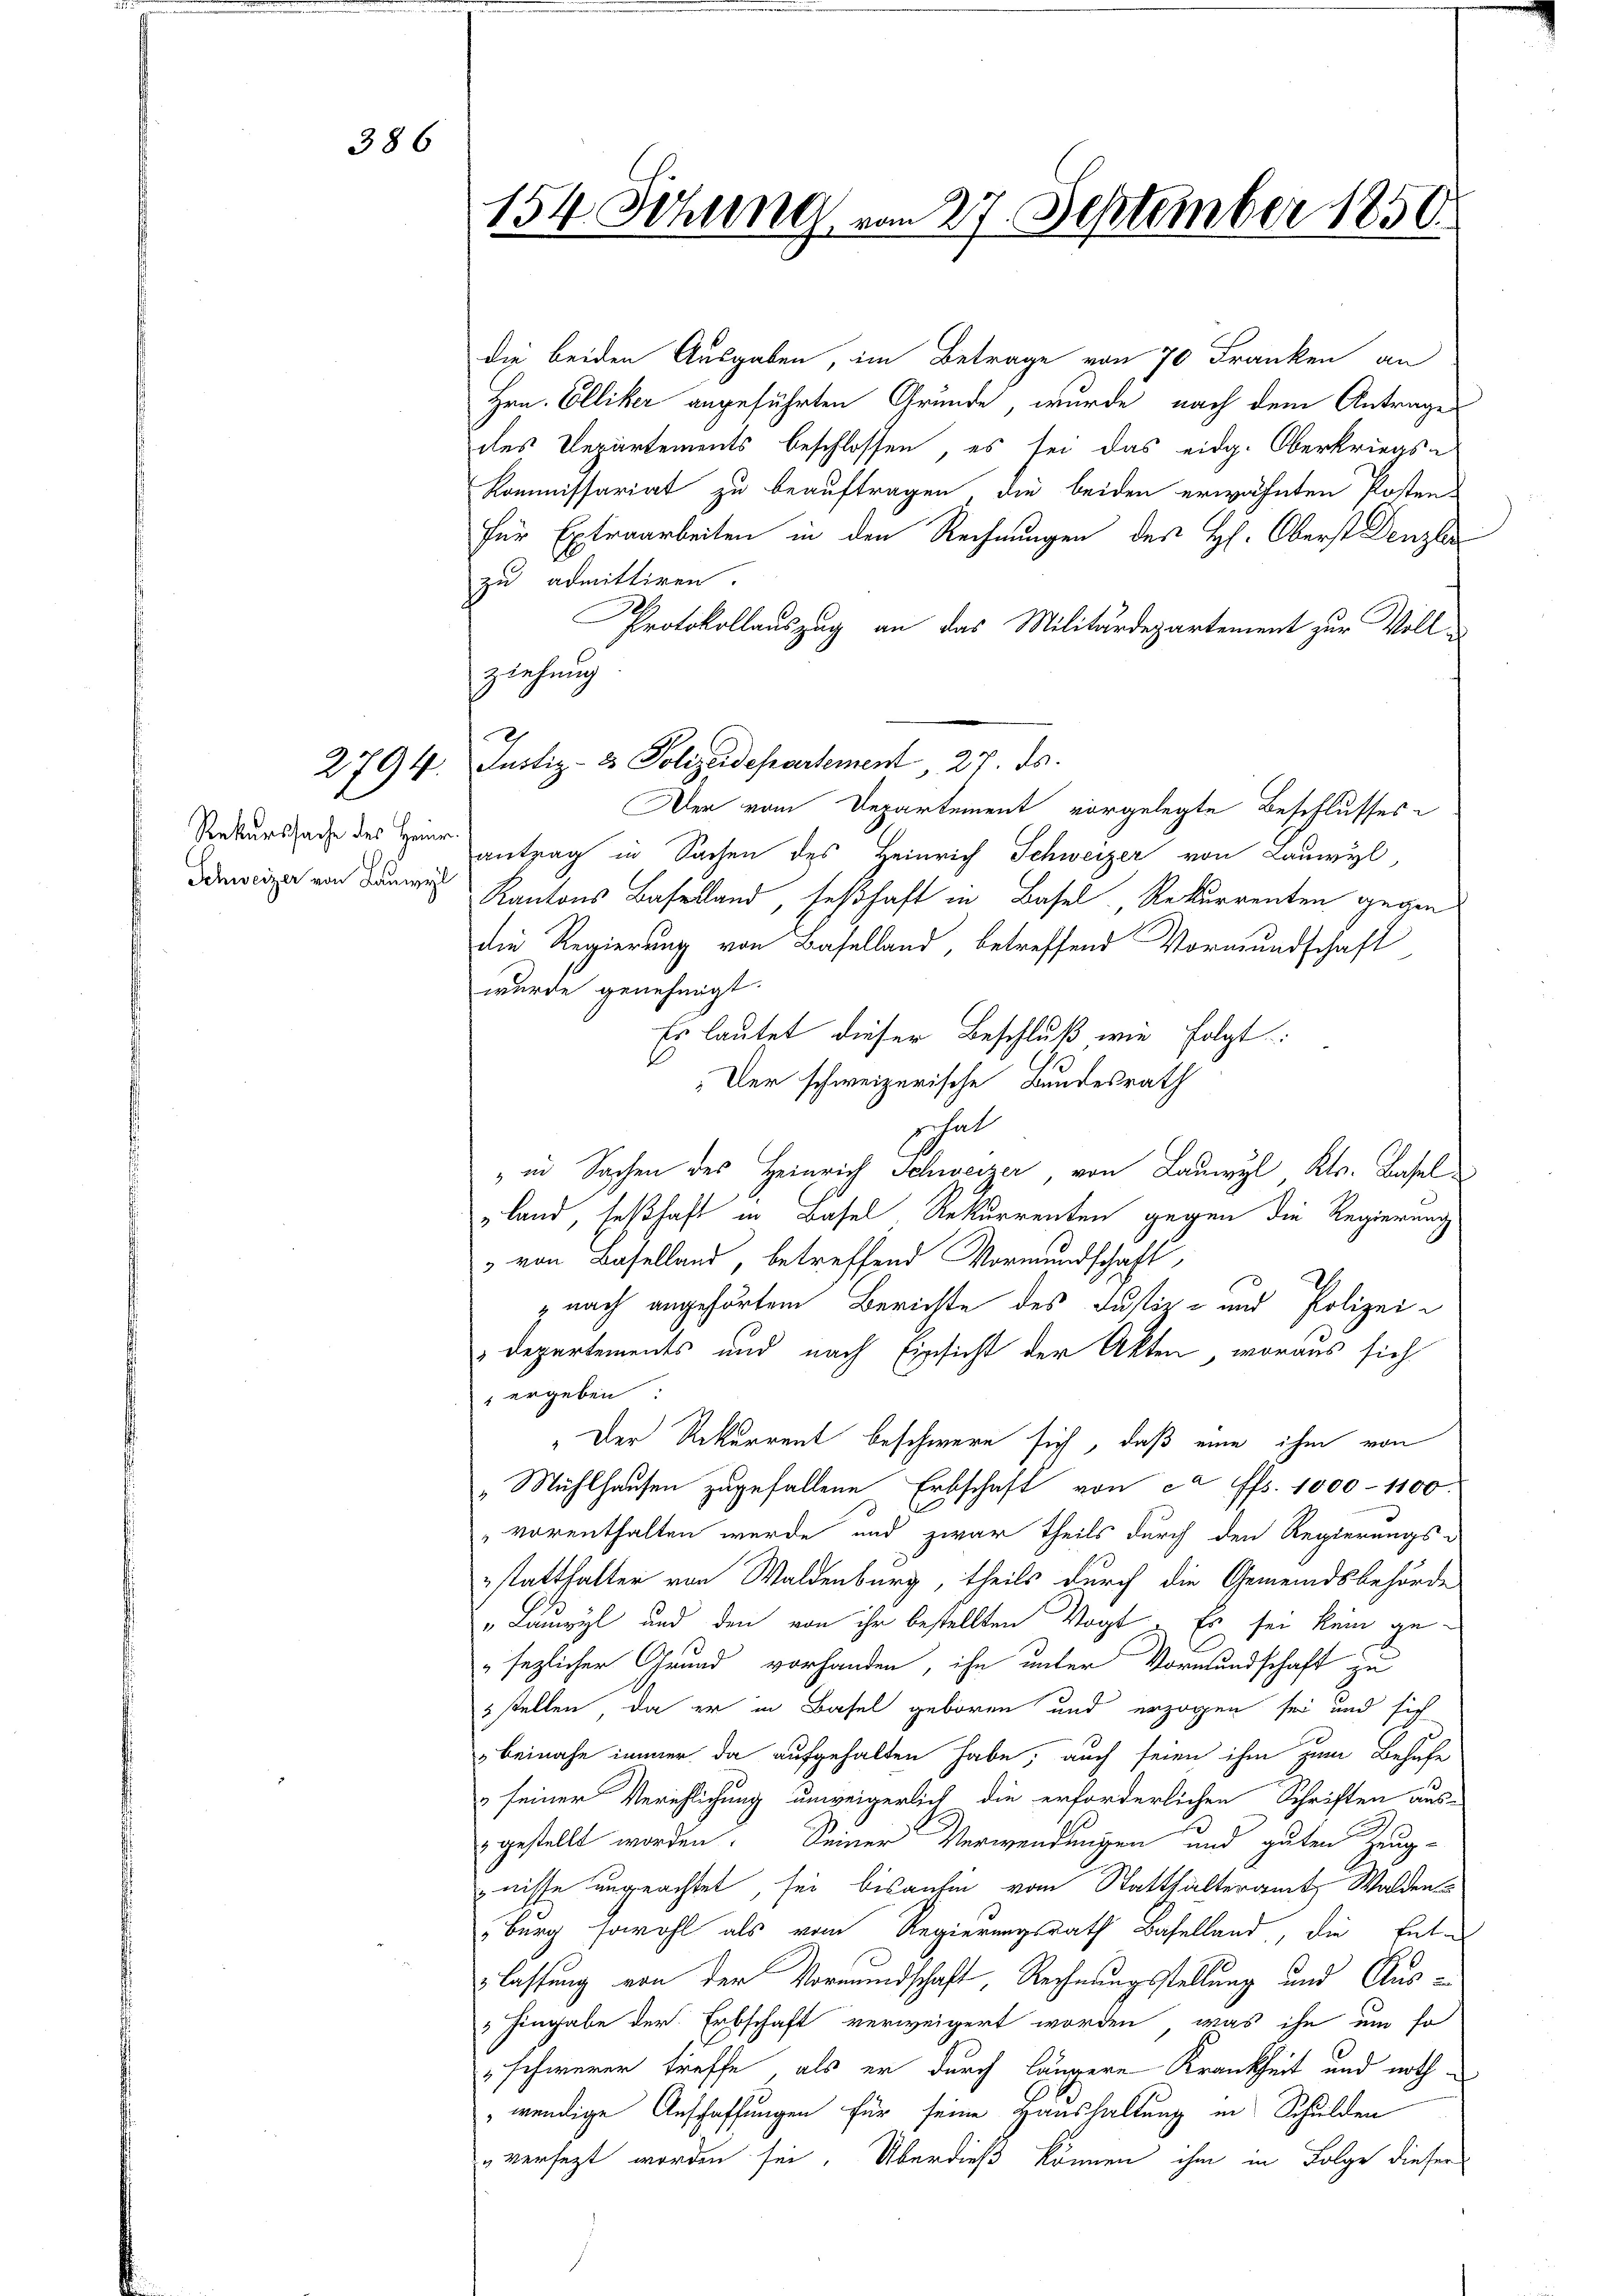
386

Rekurssache des Heinr.
Schweizer von Lauwyl

die beiden Ausgaben, im Betrage von 70 Franken an
Hrn. Elliker angeführten Gründe wurde nach dem Antrage
des Departements beschlossen, es sei das eidg. Oberkriegs-
Kommissariat zu beauftragen, die beiden erwähnten Posten-
für Extraarbeiten in den Rechnungen des H. Oberst Denzler
zu admittiren.
Protokollauszug an das Militärdepartement zur Voll¬
Der vom Departement vorgelegte Beschlusses
antrag in Sachen des Heinrich Schweizer von Lauwyl
Kantons Baselland, seßhaft in Basel, Rekurrenten gegen
die Regierung von Baselland, betreffend Vormundschaft
wurde genehmigt.
Es lautet dieser Beschluß wie folgt:
Der schweizerische Bundesrath
nchal
" in Sachen des Heinrich Schweizer, von Lauwyl, Kts. Basel
land, seßhaft in Basel Rekurrenten gegen die Regierung
" von Baselland, betreffend Vormundschaft,
znach angehörtem Berichte des Justiz- und Polizei¬
Departements und nach Einsicht der Akten, woraus sich
 ergeben
„Der Rekurrent beschwere sich, daß eine ihm von
"Mühlhausen zugefallene Erbschaft von ca ffs. 1000 - 1100.
vorenthalten werde und zwar theils durch den Regierungs-
statthalter von Waldenburg, theils durch die Gemeindsbehörde
„Lauwyl und den von ihr bestellten Vogt. Es sei kein ge¬
"sezlicher Grund vorhanden, ihn unter Vormundschaft zu
5 stellen, da er in Basel geboren und erzogen sei und sich
beinahe immer da aufgehalten habe, auch seien ihm zum Behufe
 seiner Verschlichung unweigerlich die erforderlichen Schriften aus-
gestellt worden. Seiner Verwendungen und guten Zeug-
gnisse ungeachtet, sei bisanhin vom Statthalteramt Walden
"Burg sowohl als vom Regierungsrath Baselland, die Ente
 lassung von der Vormundschaft, Rechnungsstellung und Aus¬
5 Eingabe der Erbschaft verweigert worden, was ihn um so
" schwerer treffe, als er durch längere Krankheit und nothwendige Anschaffungen für seine Haushaltung in Schulden
versezt worden sei. Überdieß können ihm in Folge dieser

154. Sitzung vom 27. September 1850.
1

ziehung
2794. Justiz- & Polizeidepartement, 27. ds.